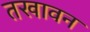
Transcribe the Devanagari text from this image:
तखावन